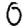
Digit: 0